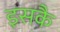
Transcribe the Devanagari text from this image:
इसकै